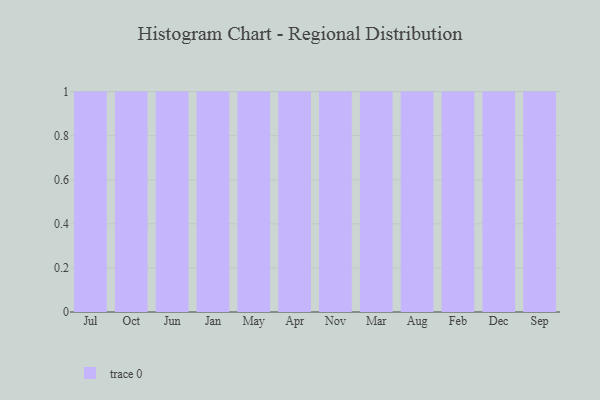
{"axis": {"x": "Month", "y": "Operating Costs (USD K)"}, "legend": [""], "data": [{"x": "Jul", "y": 82, "type": ""}, {"x": "Oct", "y": 47, "type": ""}, {"x": "Jun", "y": 98, "type": ""}, {"x": "Jan", "y": 65, "type": ""}, {"x": "May", "y": 96, "type": ""}, {"x": "Apr", "y": 79, "type": ""}, {"x": "Nov", "y": 20, "type": ""}, {"x": "Mar", "y": 57, "type": ""}, {"x": "Aug", "y": 42, "type": ""}, {"x": "Feb", "y": 48, "type": ""}, {"x": "Dec", "y": 78, "type": ""}, {"x": "Sep", "y": 7, "type": ""}]}